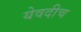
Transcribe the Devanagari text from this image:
येवदीच